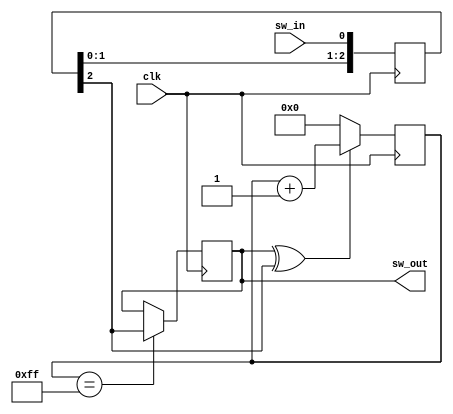
module mfp_switch_or_button_sync_and_debouncer
# (
    parameter DEPTH = 8
)
(   
    input      clk,
    input      sw_in,
    output reg sw_out
);

    reg  [ DEPTH - 1 : 0] cnt;
    reg  [         2 : 0] sync;
    wire                  sw_in_s;

    assign sw_in_s = sync [2];

    always @ (posedge clk)
        sync <= { sync [1:0], sw_in };

    always @ (posedge clk)
        if (sw_out ^ sw_in_s)
            cnt <= cnt + 1'b1;
        else
            cnt <= { DEPTH { 1'b0 } };

    always @ (posedge clk)
        if (cnt == { DEPTH { 1'b1 } })
            sw_out <= sw_in_s;

endmodule

//-------------------------------------------------------------------

module mfp_multi_switch_or_button_sync_and_debouncer
# (
    parameter WIDTH = 1, DEPTH = 8
)
(   
    input                    clk,
    input  [ WIDTH - 1 : 0 ] sw_in,
    output [ WIDTH - 1 : 0 ] sw_out
);

    genvar sw_cnt;

    generate
        for (sw_cnt = 0; sw_cnt < WIDTH; sw_cnt = sw_cnt + 1)
        begin : GEN_DB_B
           
           mfp_switch_or_button_sync_and_debouncer
           # (.DEPTH (8))
           mfp_switch_or_button_sync_and_debouncer
           (    
              .clk    ( clk             ),
              .sw_in  ( sw_in  [sw_cnt] ),
              .sw_out ( sw_out [sw_cnt] )
           );

        end
    endgenerate 

endmodule